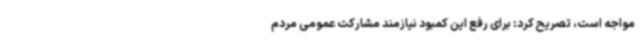
مواجه است، تصریح کرد: برای رفع این کمبود نیازمند مشارکت عمومی مردم